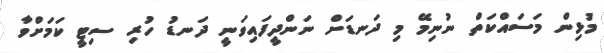
މުޅިން މަސައްކަތް ނުނިމޭ މި ދަނޑަށް ނަންދީފައިވަނީ ދަނޑު ހުރި ސިޓީ ކަމަށްވާ